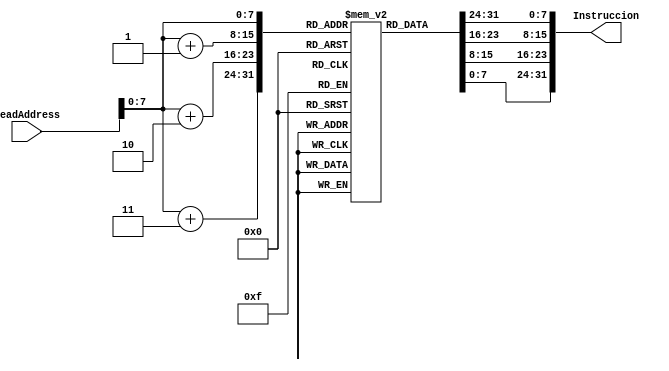
module MemINS (
    input [31:0] readAddress,
    output reg [31:0] Instruccion
);
    
reg [7:0] INS [0:255];

always @(*) begin //Se concatena las 4 espacios seguidos de 8 bits en una  instruccion completa de 32 bits
    Instruccion = {INS[readAddress], INS[readAddress + 1], INS[readAddress + 2], INS[readAddress + 3]};
end

endmodule